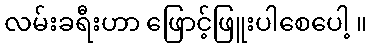
လမ်းခရီးဟာ ဖြောင့်ဖြူးပါစေပေါ့ ။